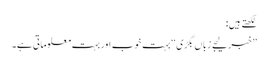
لکھتے ہیں:
’’خبر لیجے زباں بگڑی‘‘ بہت خوب اور بہت معلوماتی ہے۔